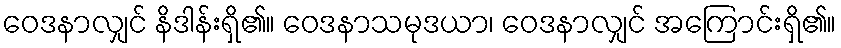
ဝေဒနာလျှင် နိဒါန်းရှိ၏။ ဝေဒနာသမုဒယာ၊ ဝေဒနာလျှင် အကြောင်းရှိ၏။